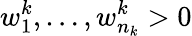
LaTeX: w_{1}^{k},\dots,w_{n_{k}}^{k}>0